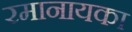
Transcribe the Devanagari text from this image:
रमानायका